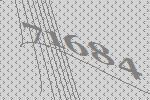
71684